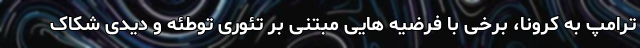
ترامپ به کرونا، برخی با فرضیه هایی مبتنی بر تئوری توطئه و دیدی شکاک